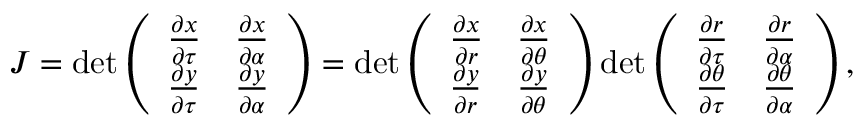
\begin{array} { r } { J = \operatorname* { d e t } \left( \begin{array} { l l } { \frac { \partial x } { \partial \tau } } & { \frac { \partial x } { \partial \alpha } } \\ { \frac { \partial y } { \partial \tau } } & { \frac { \partial y } { \partial \alpha } } \end{array} \right) = \operatorname* { d e t } \left( \begin{array} { l l } { \frac { \partial x } { \partial r } } & { \frac { \partial x } { \partial \theta } } \\ { \frac { \partial y } { \partial r } } & { \frac { \partial y } { \partial \theta } } \end{array} \right) \operatorname* { d e t } \left( \begin{array} { l l } { \frac { \partial r } { \partial \tau } } & { \frac { \partial r } { \partial \alpha } } \\ { \frac { \partial \theta } { \partial \tau } } & { \frac { \partial \theta } { \partial \alpha } } \end{array} \right) , } \end{array}